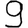
Digit: 9